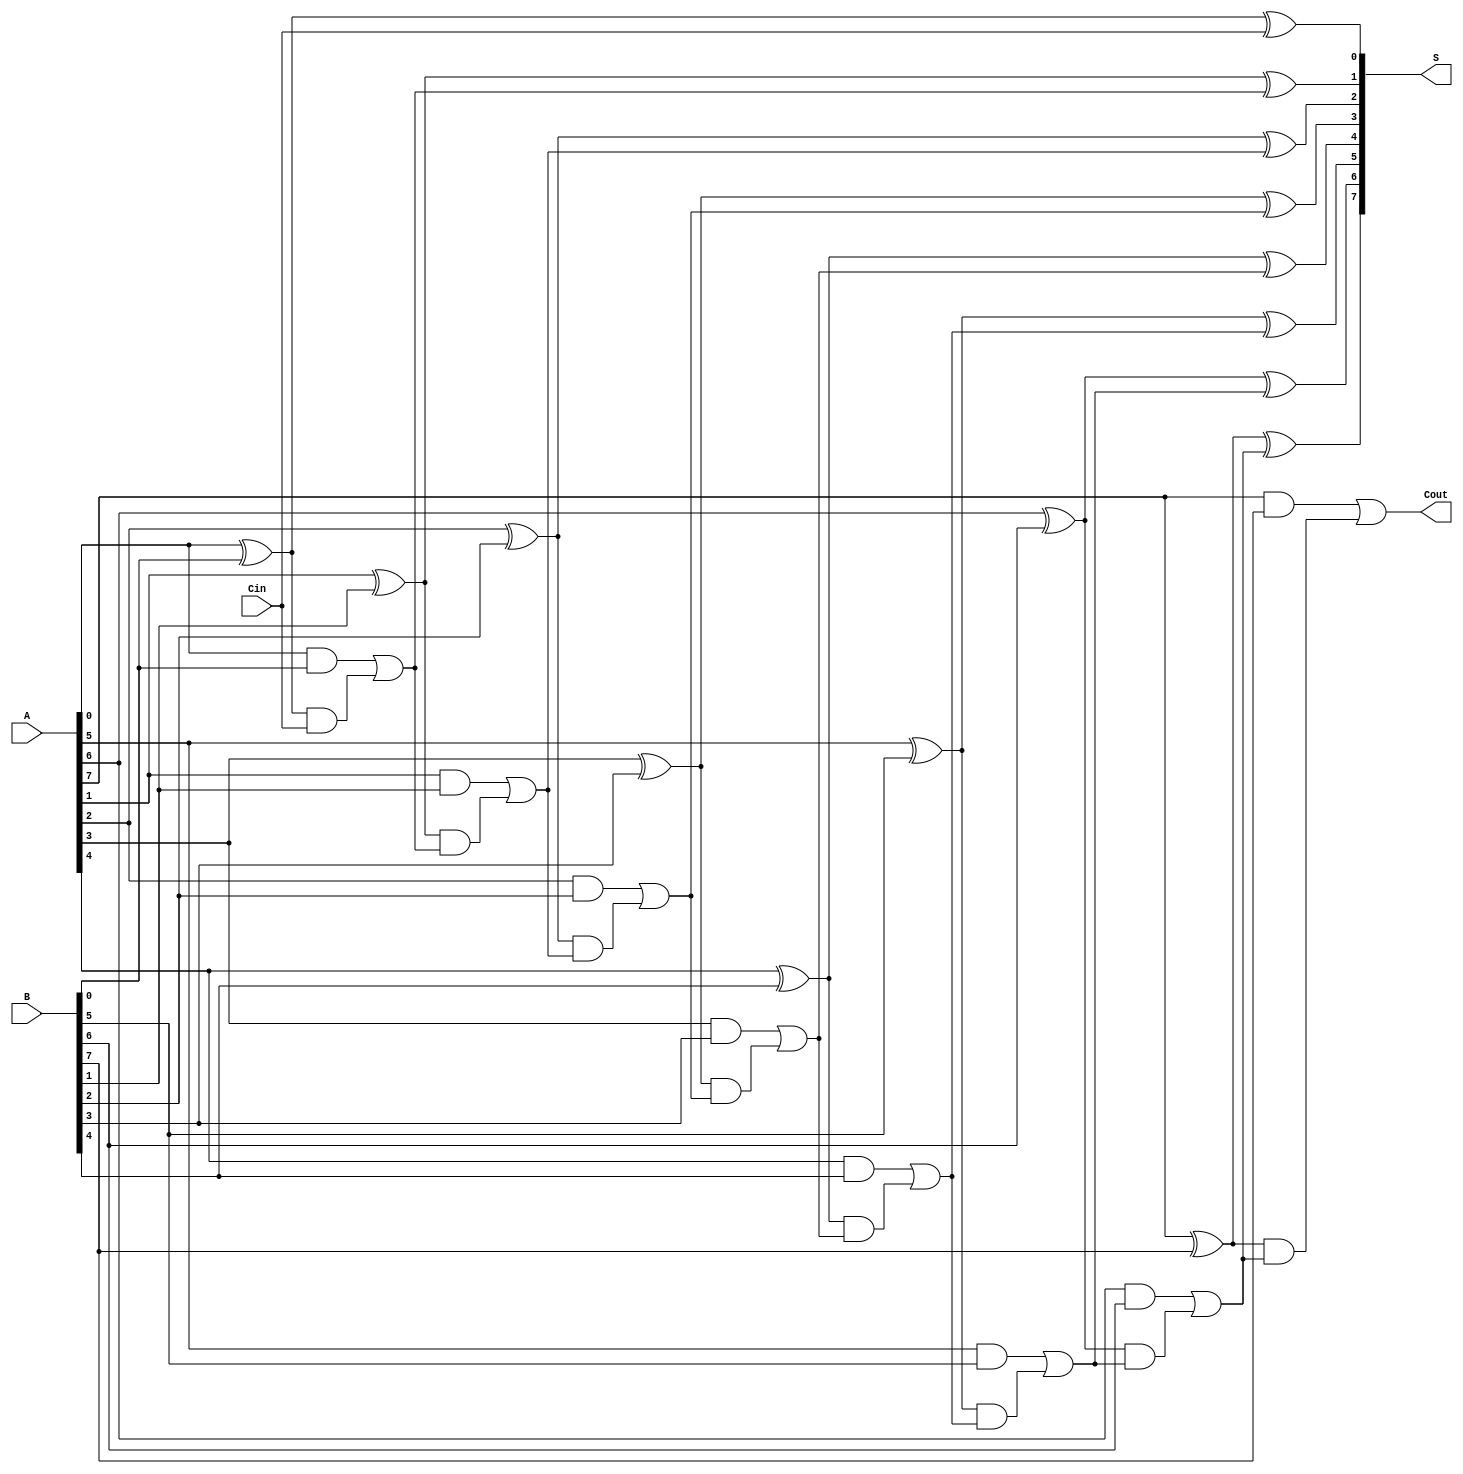
module Han_Carlson_Adder #(parameter n = 8) (
    input  [n-1:0] A,
    input  [n-1:0] B,
    input          Cin,
    output [n-1:0] S,
    output         Cout
);

    wire [n-1:0] G; // Generate signals
    wire [n-1:0] P; // Propagate signals
    wire [n:0] C;   // Carry signals (C[0] = Cin, C[n] = Cout)

    // Generate and Propagate signals computation
    generate
        genvar i;
        for (i = 0; i < n; i = i + 1) begin : gen_prop
            assign G[i] = A[i] & B[i]; // Generate
            assign P[i] = A[i] ^ B[i]; // Propagate
        end
    endgenerate

    // Carry generation
    assign C[0] = Cin; // Carry-in
    generate
        for (i = 1; i <= n; i = i + 1) begin : carry_gen
            assign C[i] = G[i-1] | (P[i-1] & C[i-1]); // Carry-out
        end
    endgenerate

    // Sum computation
    generate
        for (i = 0; i < n; i = i + 1) begin : sum_compute
            assign S[i] = P[i] ^ C[i]; // Sum
        end
    endgenerate

    // Carry-out
    assign Cout = C[n];

endmodule